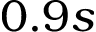
0 . 9 s